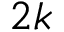
2 k